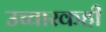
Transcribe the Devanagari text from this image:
उच्चारकही